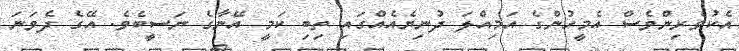
އެކުވެރިންވެސް އެމީހުންގެ އަމިއްލަ ދުނިޔެއެއްގައި ތިބި ކަމީ އޭނާގެ ނަސީބެވެ. އޭގެ ދެވަނަ